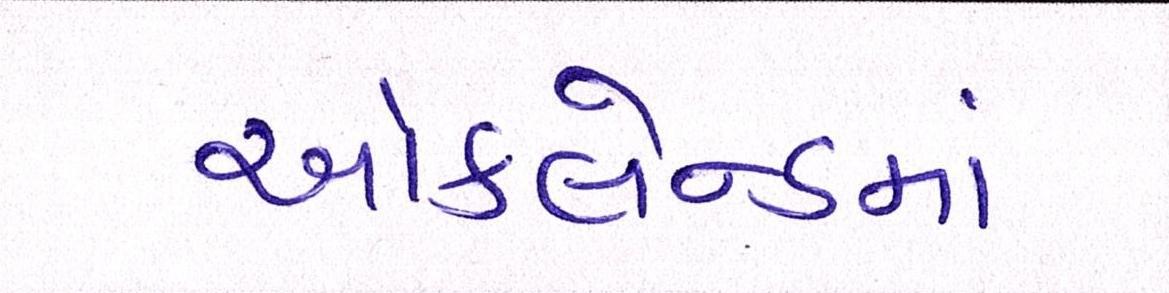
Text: ઑકલેન્ડમાં